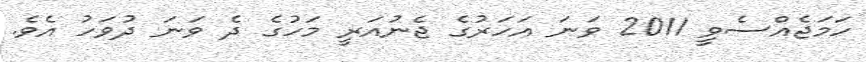
ހަމަޖެއްސެވީ 2011 ވަނަ އަހަރުގެ ޖެނުއަރީ މަހުގެ ދެ ވަނަ ދުވަހު އެވެ.